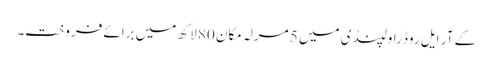
کے آر ایل روڈ راولپنڈی میں 5 مرلہ مکان 80 لاکھ میں برائے فروخت۔